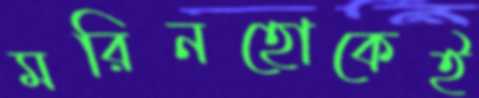
মরিনহোকেই